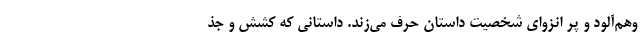
وهم‌آلود و پر انزوای شخصیت داستان حرف می‌زند. داستانی که کشش و جذ